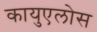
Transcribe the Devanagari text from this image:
कायुएलोस